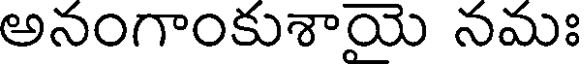
అనంగాంకుశాయె నమః